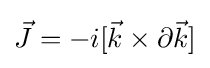
{\vec {J}}=-i[{\vec {k}}\times \partial {\vec {k}}]